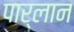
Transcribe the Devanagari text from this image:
पार्लान